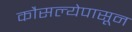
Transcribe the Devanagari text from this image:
कौसल्येपासून